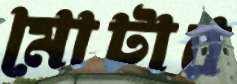
মোটার